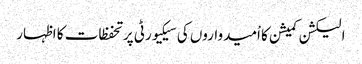
الیکشن کمیشن کا اْمیدواروں کی سیکیورٹی پر تحفظات کا اظہار